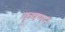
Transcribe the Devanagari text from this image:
कृषणन